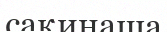
сақинаша